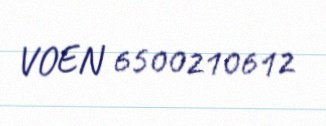
VOEN 6500210612